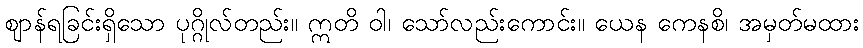
ဈာန်ရခြင်းရှိသော ပုဂ္ဂိုလ်တည်း။ ဣတိ ဝါ၊ သော်လည်းကောင်း။ ယေန ကေနစိ၊ အမှတ်မထား